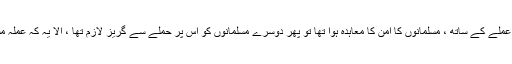
اگر مذکورہ قوم کے ساتھ ، یااس سفارتخانے کے عملے کے ساتھ ، مسلمانوں کا امن کا معاہدہ ہوا تھا تو پھر دوسرے مسلمانوں کو اس پر حملے سے گریز لازم تھا ، الا یہ کہ عملہ مسلمانوں کے اس گروہ کے خلاف برسرِ جنگ ہو ۔